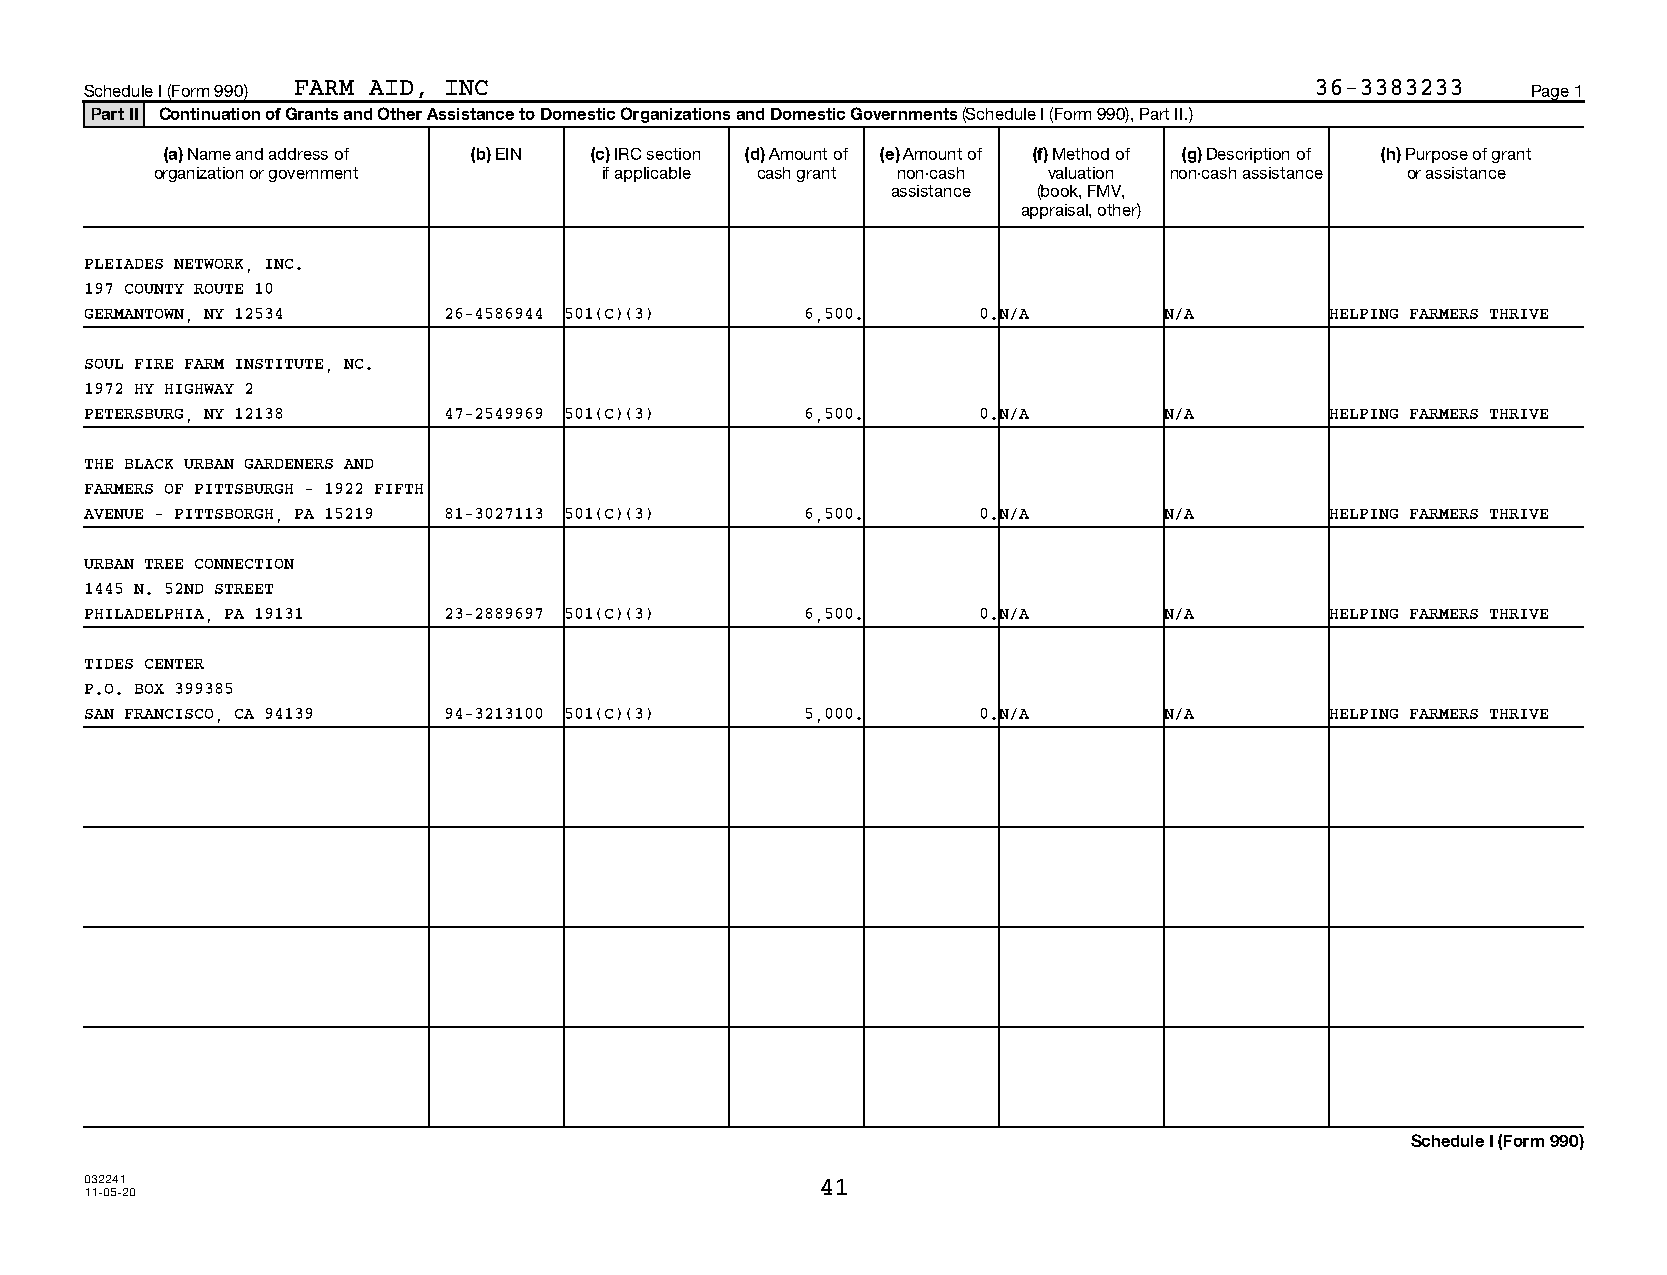
Schedule I (Form 990) FARM AID, INC                                              36-3383233    Page 1
 Part II Continuation of Grants and Other Assistance to Domestic Organizations and Domestic Governments (Schedule I (Form 990), Part II.)
 (a) Name and address of (b) EIN (c) IRC section (d) Amount of (e) Amount of (f) Method of (g) Description of (h) Purpose of grant
 organization or government    if applicable cash grant non-cash valuation non-cash assistance or assistance
 assistance (book, FMV,
 appraisal, other)
 PLEIADES NETWORK, INC.
 197 COUNTY ROUTE 10
 GERMANTOWN, NY 12534   26-4586944 501(C)(3)    6,500.      0.N/A       N/A        HELPING FARMERS THRIVE
 SOUL FIRE FARM INSTITUTE, NC.
 1972 HY HIGHWAY 2
 PETERSBURG, NY 12138   47-2549969 501(C)(3)    6,500.      0.N/A       N/A        HELPING FARMERS THRIVE
 THE BLACK URBAN GARDENERS AND
 FARMERS OF PITTSBURGH - 1922 FIFTH
 AVENUE - PITTSBORGH, PA 15219 81-3027113 501(C)(3) 6,500.  0.N/A       N/A        HELPING FARMERS THRIVE
 URBAN TREE CONNECTION
 1445 N. 52ND STREET
 PHILADELPHIA, PA 19131 23-2889697 501(C)(3)    6,500.      0.N/A       N/A        HELPING FARMERS THRIVE
 TIDES CENTER
 P.O. BOX 399385
 SAN FRANCISCO, CA 94139 94-3213100 501(C)(3)   5,000.      0.N/A       N/A        HELPING FARMERS THRIVE
 Schedule I (Form 990)
 032241                                          41
 11-05-20
 12041115 700333 23425        2020.05000 FARM AID, INC               23425__1